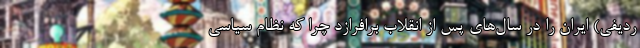
ردیفی) ایران را در سال‌های پس از انقلاب برافرازد چرا که نظام سیاسی